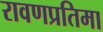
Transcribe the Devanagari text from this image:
रावणप्रतिमा